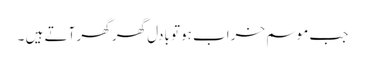
جب موسم خراب ہوتو بادل گھر گھر آتے ہیں ۔